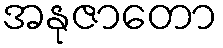
အနုဇာတော